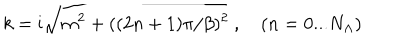
LaTeX: k = \mathrm { i } \sqrt { m ^ { 2 } + ( ( 2 n + 1 ) \pi / \beta ) ^ { 2 } } \ , \quad ( n = 0 . . . N _ { \Lambda } )